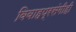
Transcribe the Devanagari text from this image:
विवाहप्रसंगीही